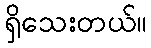
ရှိသေးတယ်။